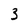
Character: 3